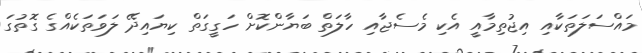
މައްސަލަތަކާއި އިޖުތިމާއީ އެކި މެސެޖާއި ހާލަތް ބަޔާންކޮށް ހަގީގަތް ކިޔައިދޭ ލަވަތަކެއްގެ ގޮތުގަ